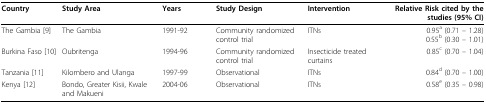
<table><thead><tr><td><b>Country</b></td><td><b>Study Area</b></td><td><b>Years</b></td><td><b>Study Design</b></td><td><b>Intervention</b></td><td><b>Relative Risk cited by the studies (95% CI)</b></td></tr></thead><tbody><tr><td>The Gambia [9]</td><td>The Gambia</td><td>1991-92</td><td>Community randomized control trial</td><td>ITNs</td><td>0.95<sup>a</sup> (0.71 – 1.28)0.55<sup>b</sup> (0.30 – 1.01)</td></tr><tr><td>Burkina Faso [10]</td><td>Oubritenga</td><td>1994-96</td><td>Community randomized control trial</td><td>Insecticide treated curtains</td><td>0.85<sup>c</sup> (0.70 – 1.04)</td></tr><tr><td>Tanzania [11]</td><td>Kilombero and Ulanga</td><td>1997-99</td><td>Observational</td><td>ITNs</td><td>0.84<sup>d</sup> (0.70 – 1.00)</td></tr><tr><td>Kenya [12]</td><td>Bondo, Greater Kisii, Kwale and Makueni</td><td>2004-06</td><td>Observational</td><td>ITNs</td><td>0.58<sup>e</sup> (0.35 – 0.98)</td></tr></tbody></table>